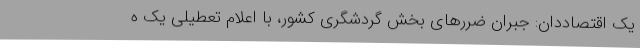
یک اقتصاددان: جبران ضررهای بخش گردشگری کشور، با اعلام تعطیلی یک ه